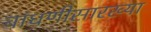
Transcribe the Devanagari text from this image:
बांधणीसारख्या